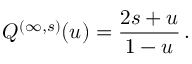
\quad Q ^ { ( \infty , s ) } ( u ) = \frac { 2 s + u } { 1 - u } \, .